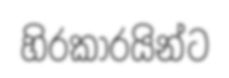
හිරකාරයින්ට